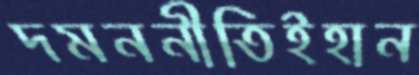
দমননীতিইহান